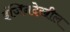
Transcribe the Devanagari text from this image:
इंजिनदेखील